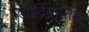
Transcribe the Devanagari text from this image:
आर्द्रियातिक